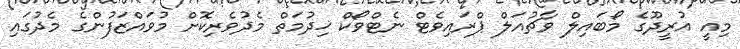
މިއީ އުރީދޫގެ މޯބައިލް ވާޗުއަލް ޕްރައިވެޓް ނެޓްވޯކް ޚިދުމަތް މެދުވެރިކޮށް މުވައްޒަފުންގެ މެދުގައި